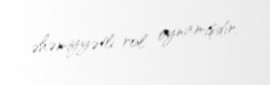
əhəmiyyətli rol oynamışdır.